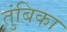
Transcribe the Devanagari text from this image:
तुंबिका